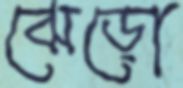
ঝেড়ো